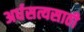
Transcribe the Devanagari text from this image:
अर्धसत्यसाठी